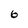
Character: 6